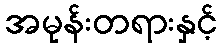
အမုန်းတရားနှင့်